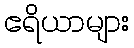
ဧရိယာများ